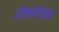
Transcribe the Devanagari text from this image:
गोल्डस्टरक